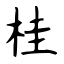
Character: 桂